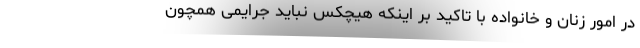
در امور زنان و خانواده با تاکید بر اینکه هیچکس نباید جرایمی همچون